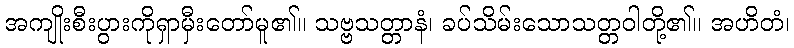
အကျိုးစီးပွားကိုရှာမှီးတော်မူ၏။ သဗ္ဗသတ္တာနံ၊ ခပ်သိမ်းသောသတ္တဝါတို့၏။ အဟိတံ၊